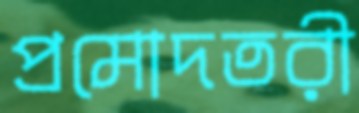
প্রমোদতরী